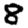
Digit: 8